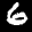
Label: 6